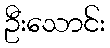
ဦးသောင်း